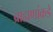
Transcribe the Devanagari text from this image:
ब्राह्मणांकडे